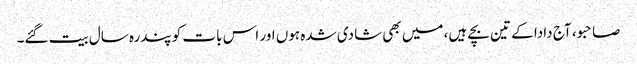
صاحبو، آج دادا کے تین بچے ہیں، میں بھی شادی شدہ ہوں اور اس بات کو پندرہ سال بیت گئے۔